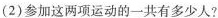
(2)参加这两项运动的一共有多少人?